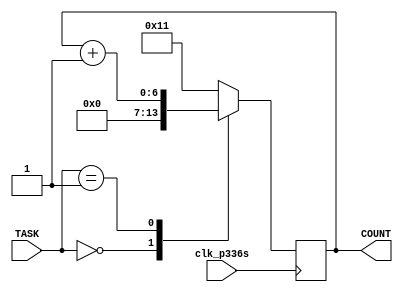
`timescale 1ns / 1ps
//////////////////////////////////////////////////////////////////////////////////
// Company: 
// Engineer: 
// 
// Design Name: 
// Module Name: led_counter
// Project Name: 
// Target Devices: 
// Tool Versions: 
// Description: 
// 
// Dependencies: 
// 
// Revision:
// Revision 0.01 - File Created
// Additional Comments:
// 
//////////////////////////////////////////////////////////////////////////////////


module led_counter(
    input clk_p336s,
    input [3:0] TASK,
    output reg [6:0] COUNT
    );
    
    initial
    begin
        COUNT = 7'b0000000;
    end
    
    always @ (posedge clk_p336s)
    begin
        case (TASK)
            4'b0000:
                begin
                    COUNT <= 7'b0000000;
                end
            4'b0001:
                begin
                    COUNT <= COUNT + 1;
                end
            default: COUNT <= 7'b0010001;
        endcase
    end
endmodule